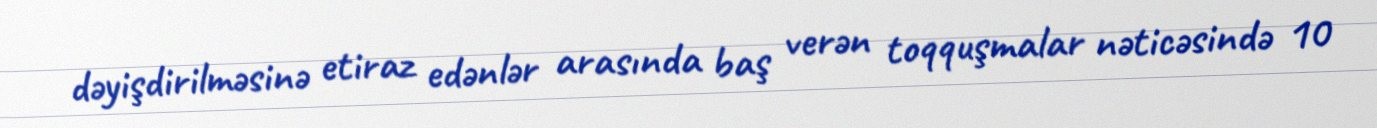
dəyişdirilməsinə etiraz edənlər arasında baş verən toqquşmalar nəticəsində 10